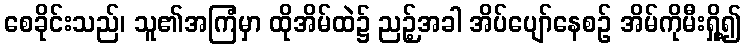
စေခိုင်းသည်၊ သူ၏အကြံမှာ ထိုအိမ်ထဲ၌ ညဉ့်အခါ အိပ်ပျော်နေစဉ် အိမ်ကိုမီးရှို့၍